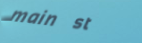
main st